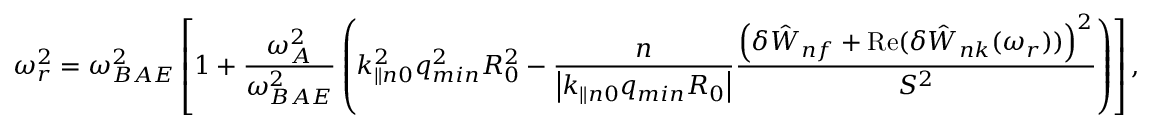
\omega _ { r } ^ { 2 } = \omega _ { B A E } ^ { 2 } \left[ 1 + \frac { \omega _ { A } ^ { 2 } } { \omega _ { B A E } ^ { 2 } } \left( k _ { \parallel n 0 } ^ { 2 } q _ { m i n } ^ { 2 } R _ { 0 } ^ { 2 } - \frac { n } { \left| k _ { \parallel n 0 } q _ { m i n } R _ { 0 } \right| } \frac { \left( \delta { \hat { W } } _ { n f } + \mathrm { R e } ( \delta { \hat { W } } _ { n k } ( \omega _ { r } ) ) \right) ^ { 2 } } { S ^ { 2 } } \right) \right] ,